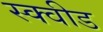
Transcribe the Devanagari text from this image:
स्क्वीड